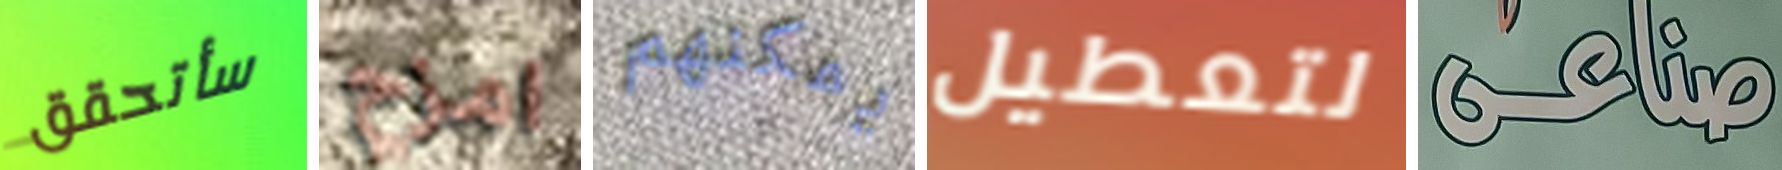
سأتحقق امزح يمكنهم لتعطيل صناعى